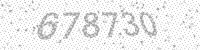
Solution: 678730